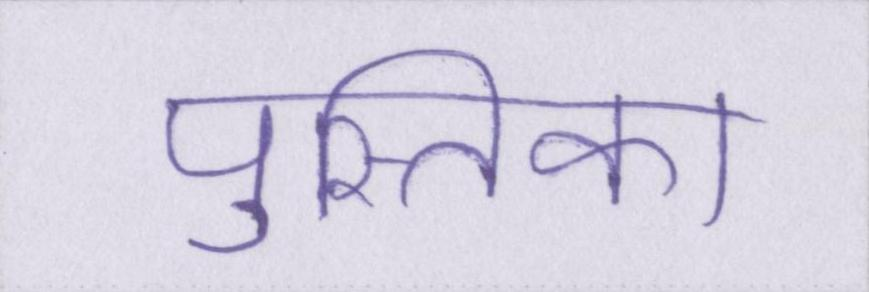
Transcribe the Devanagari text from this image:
पुस्तिका